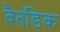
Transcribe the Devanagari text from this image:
वैतंडिक